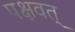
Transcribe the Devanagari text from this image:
पक्षवत्